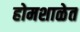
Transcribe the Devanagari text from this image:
होमशाळेत